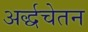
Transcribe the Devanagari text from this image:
अर्द्धचेतन